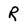
Character: R